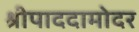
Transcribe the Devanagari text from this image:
श्रीपाददामोदर